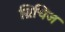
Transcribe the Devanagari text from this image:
ब्रिचिज